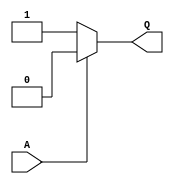
module inv (
  output Q,
  input A
);
  assign Q = A ? 0 : 1;
endmodule

module buff (
  output Q,
  input A
);
  assign Q = A;
endmodule

module logic_0 (
  output A
);
  assign A = 0;
endmodule

module logic_1 (
  output A
);
  assign A = 1;
endmodule

module gclkbuff (
  input A,
  output Z
);
  specify
    (A => Z) = 0;
  endspecify

  assign Z = A;
endmodule